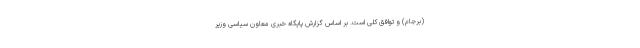
(برجام) و توافق کلی است. بر اساس گزارش پایگاه خبری معاون سیاسی وزیر